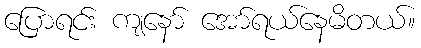
ပြောရင်း ကျနော် အော်ရယ်နေမိတယ်။